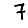
Digit: 7